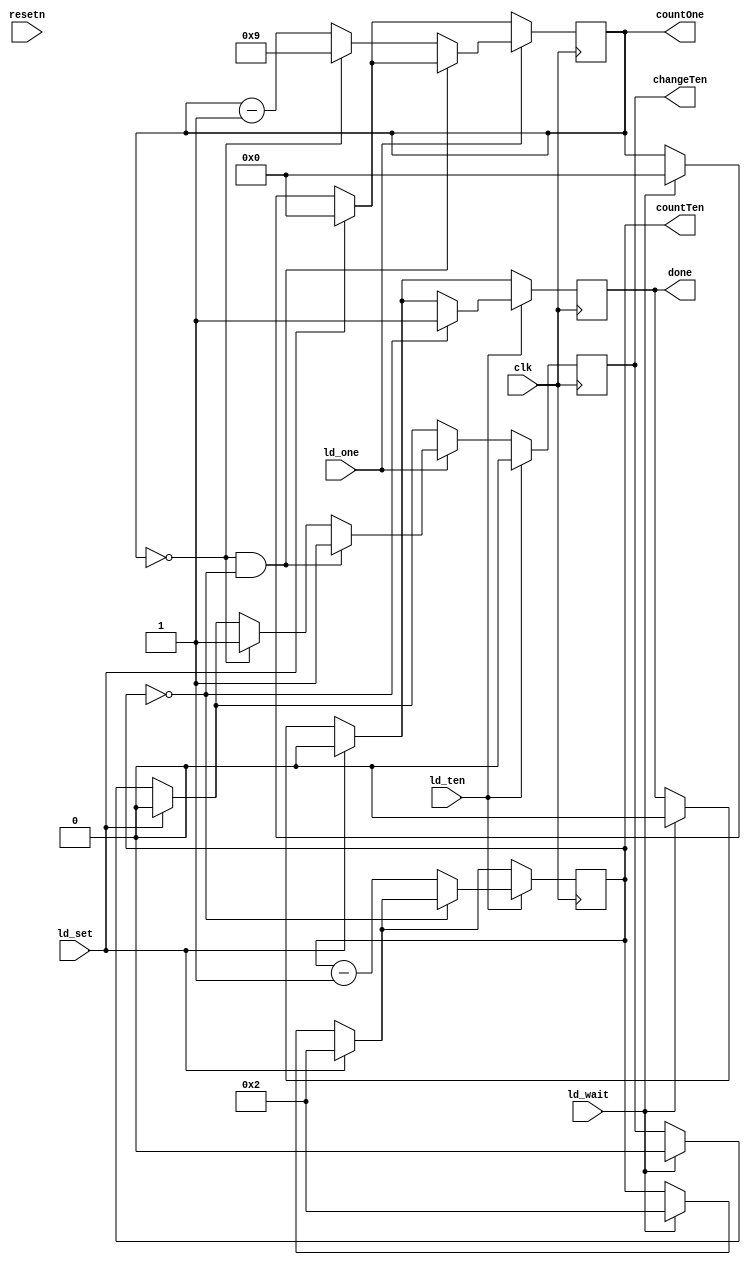
module timer_datapath(input clk, resetn, ld_wait, ld_set, ld_one, ld_ten, output reg [4:0]countOne, countTen, output reg done, changeTen);

	always @ (posedge clk) begin
		if (ld_wait) begin
			countOne <= 4'd0;
			countTen <= 4'd2;
			done <= 1'b0;
			changeTen <= 1'b0;
		end
		
		if (ld_set) begin
			countOne <= 4'd0;
			countTen <= 4'd2;
			done <= 1'b0;
			changeTen <= 1'b0;
		end
		
		if (ld_one) begin
			if (countOne == 4'd0 && countTen == 4'd0) changeTen <= 1'b1;
			else if (countOne == 4'd0) begin
				changeTen <= 1'b1;
				countOne <= 4'd9;
			end
			else 
				countOne <= countOne - 1;
		end
		
		if (ld_ten) begin
			changeTen <= 1'b0;
			if (countTen == 4'd0)
				done <= 1'b1;
			else 
				countTen <= countTen - 1;
		end
	end
endmodule